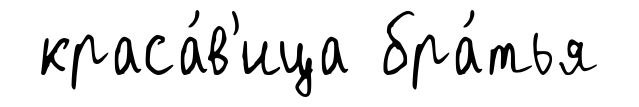
краса́в'ица бра́тья